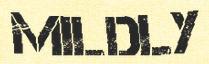
MILDLY